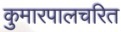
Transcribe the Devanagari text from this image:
कुमारपालचरित